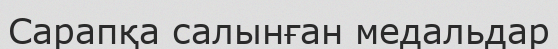
Сарапқа салынған медальдар